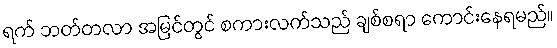
ရက် ဘတ်တလာ အမြင်တွင် စကားလက်သည် ချစ်စရာ ကောင်းနေရမည်။